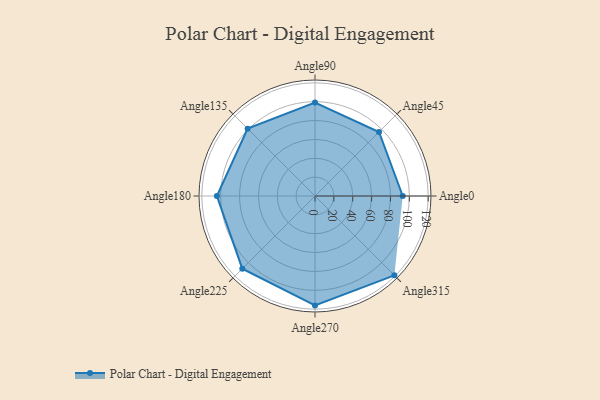
{"axis": {"x": "Angle", "y": "Radius"}, "legend": [""], "data": [{"x": "Angle0", "y": 93.0, "type": ""}, {"x": "Angle45", "y": 96.0, "type": ""}, {"x": "Angle90", "y": 99.0, "type": ""}, {"x": "Angle135", "y": 101.0, "type": ""}, {"x": "Angle180", "y": 104.0, "type": ""}, {"x": "Angle225", "y": 109.0, "type": ""}, {"x": "Angle270", "y": 116.0, "type": ""}, {"x": "Angle315", "y": 119.0, "type": ""}]}